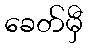
ခေတ်မှီ